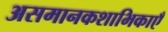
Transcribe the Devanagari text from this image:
असमानकशाभिकाएँ